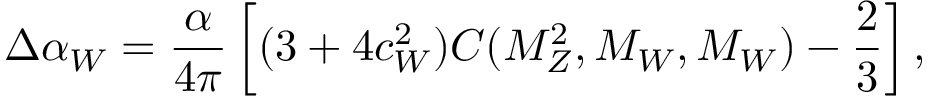
\Delta \alpha _ { W } = \frac { \alpha } { 4 \pi } \left[ ( 3 + 4 c _ { W } ^ { 2 } ) C ( M _ { Z } ^ { 2 } , M _ { W } , M _ { W } ) - \frac { 2 } { 3 } \right] ,